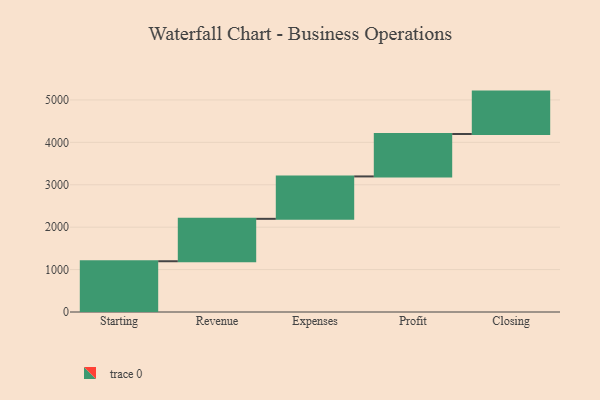
{"axis": {"x": "Step", "y": "Value"}, "legend": [""], "data": [{"x": "Starting", "y": 1197.0, "type": ""}, {"x": "Revenue", "y": 1000, "type": ""}, {"x": "Expenses", "y": 1000, "type": ""}, {"x": "Profit", "y": 1000, "type": ""}, {"x": "Closing", "y": 1000, "type": ""}]}